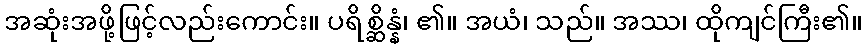
အဆုံးအဖို့ဖြင့်လည်းကောင်း။ ပရိစ္ဆိန္နံ၊ ၏။ အယံ၊ သည်။ အဿ၊ ထိုကျင်ကြီး၏။